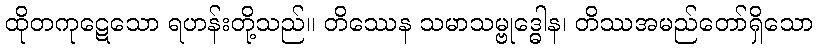
ထိုတကုဋေသော ရဟန်းတို့သည်။ တိဿေန သမာသမ္ဗုဒ္ဓေါန၊ တိဿအမည်တော်ရှိသော